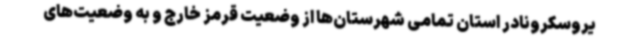
یروسکرونادر استان تمامی شهرستان‌ها از وضعیت قرمز خارج و به وضعیت‌های